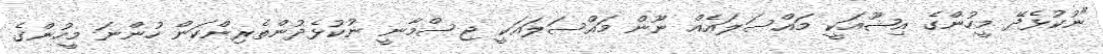
"ނުކުޅެދޭ މީހުންގެ އިޝޫއަކީ މައްސަލައެއް ނޫން މައްސަލައަކީ ޖިސްމާނީ ނުކުޅެދުންތެރިންކަން ހުންނަ މީހުންގެ